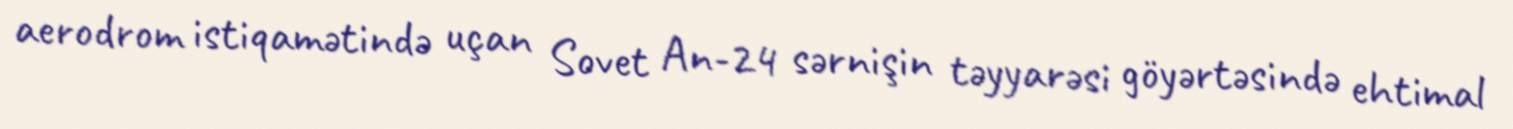
aerodrom istiqamətində uçan Sovet An-24 sərnişin təyyarəsi göyərtəsində ehtimal